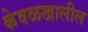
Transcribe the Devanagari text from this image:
केवळखालील